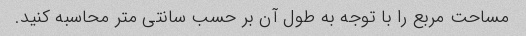
مساحت مربع را با توجه به طول آن بر حسب سانتی متر محاسبه کنید.